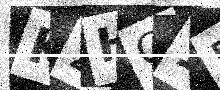
Text: K2HQ1R